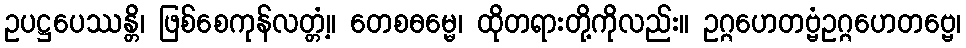
ဥပဋ္ဌပေဿန္တိ၊ ဖြစ်စေကုန်လတ္တံ့။ တေစဓမ္မေ၊ ထိုတရားတို့ကိုလည်း။ ဥဂ္ဂဟေတဗ္ဗံဥဂ္ဂဟေတဗ္ဗေ၊